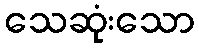
သေဆုံးသော